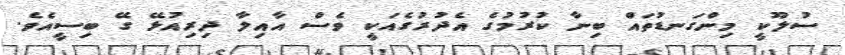
ސުލޫކީ މިންގަނޑުތައް ބިނާ ކުރުމުގެ އެދުރުގެއަކީ ވެސް އާއިލާ ދިރިއުޅޭ ގޭ ބިސީއެވެ.